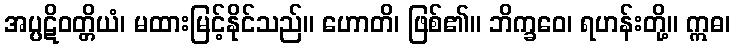
အပ္ပဋိဝတ္တိယံ၊ မထားမြင့်နိုင်သည်။ ဟောတိ၊ ဖြစ်၏။ ဘိက္ခဝေ၊ ရဟန်းတို့။ ဣဓ၊